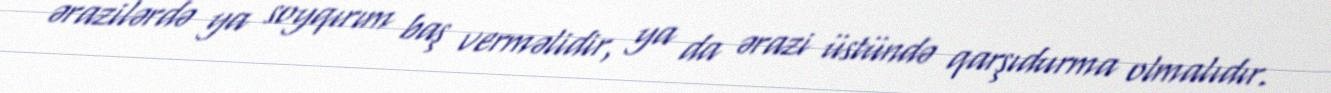
ərazilərdə ya soyqırım baş verməlidir, ya da ərazi üstündə qarşıdurma olmalıdır.